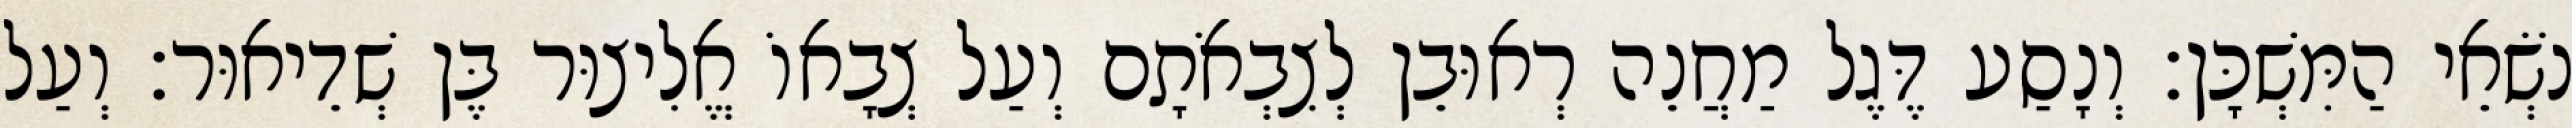
נֹשְׂאֵי הַמִּשְׁכָּן׃ וְנָסַע דֶּגֶל מַחֲנֵה רְאוּבֵן לְצִבְאֹתָם וְעַל צְבָאוֹ אֱלִיצוּר בֶּן שְׁדֵיאוּר׃ וְעַל